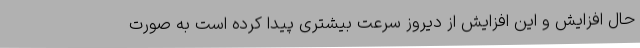
حال افزایش و این افزایش از دیروز سرعت بیشتری پیدا کرده است به صورت